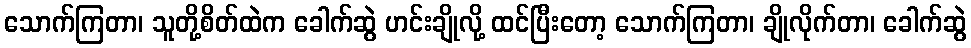
သောက်ကြတာ၊ သူတို့စိတ်ထဲက ခေါက်ဆွဲ ဟင်းချိုလို့ ထင်ပြီးတော့ သောက်ကြတာ၊ ချိုလိုက်တာ၊ ခေါက်ဆွဲ